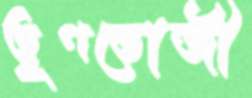
তৃণভোজী